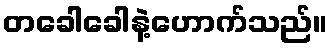
တခေါခေါနဲ့ဟောက်သည်။